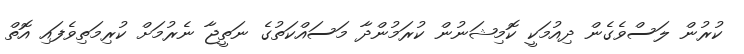
ކުރުން ލަސްވެގެން ދިއުމަކީ ކޮމިޝަނުން ކުރަމުންދާ މަސައްކަތުގެ ނަތީޖާ ނެރުމަށް ކުރިމަތިވެފައި އޮތް